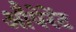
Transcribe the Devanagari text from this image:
औपेरेंट